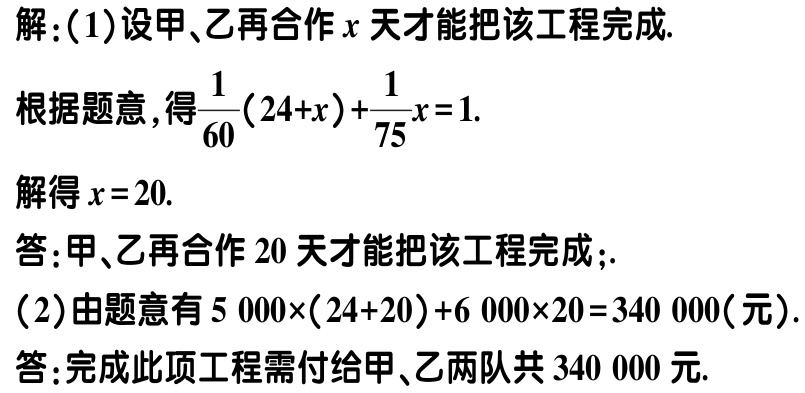
解：(1)设甲、乙再合作\(x\)天才能把该工程完成.
根据题意，得\(\frac{1}{60}(24 + x)+\frac{1}{75}x = 1\).
解得\(x = 20\).
答：甲、乙再合作\(20\)天才能把该工程完成；.
(2)由题意有\(5000\times(24 + 20)+6000\times20 = 340000\)(元).
答：完成此项工程需付给甲、乙两队共\(340000\)元.